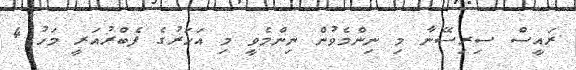
ރައީސް ސިރިސޭނާ މި ނިންމެވުން ނިންމެވީ މި އަހަރުގެ ފެބްރުއަރީ މަހު 4